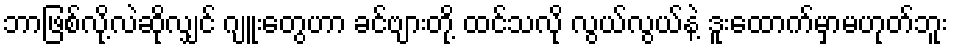
ဘာဖြစ်လို့လဲဆိုလျှင် ဂျူးတွေဟာ ခင်ဗျားတို့ ထင်သလို လွယ်လွယ်နဲ့ ဒူးထောက်မှာမဟုတ်ဘူး